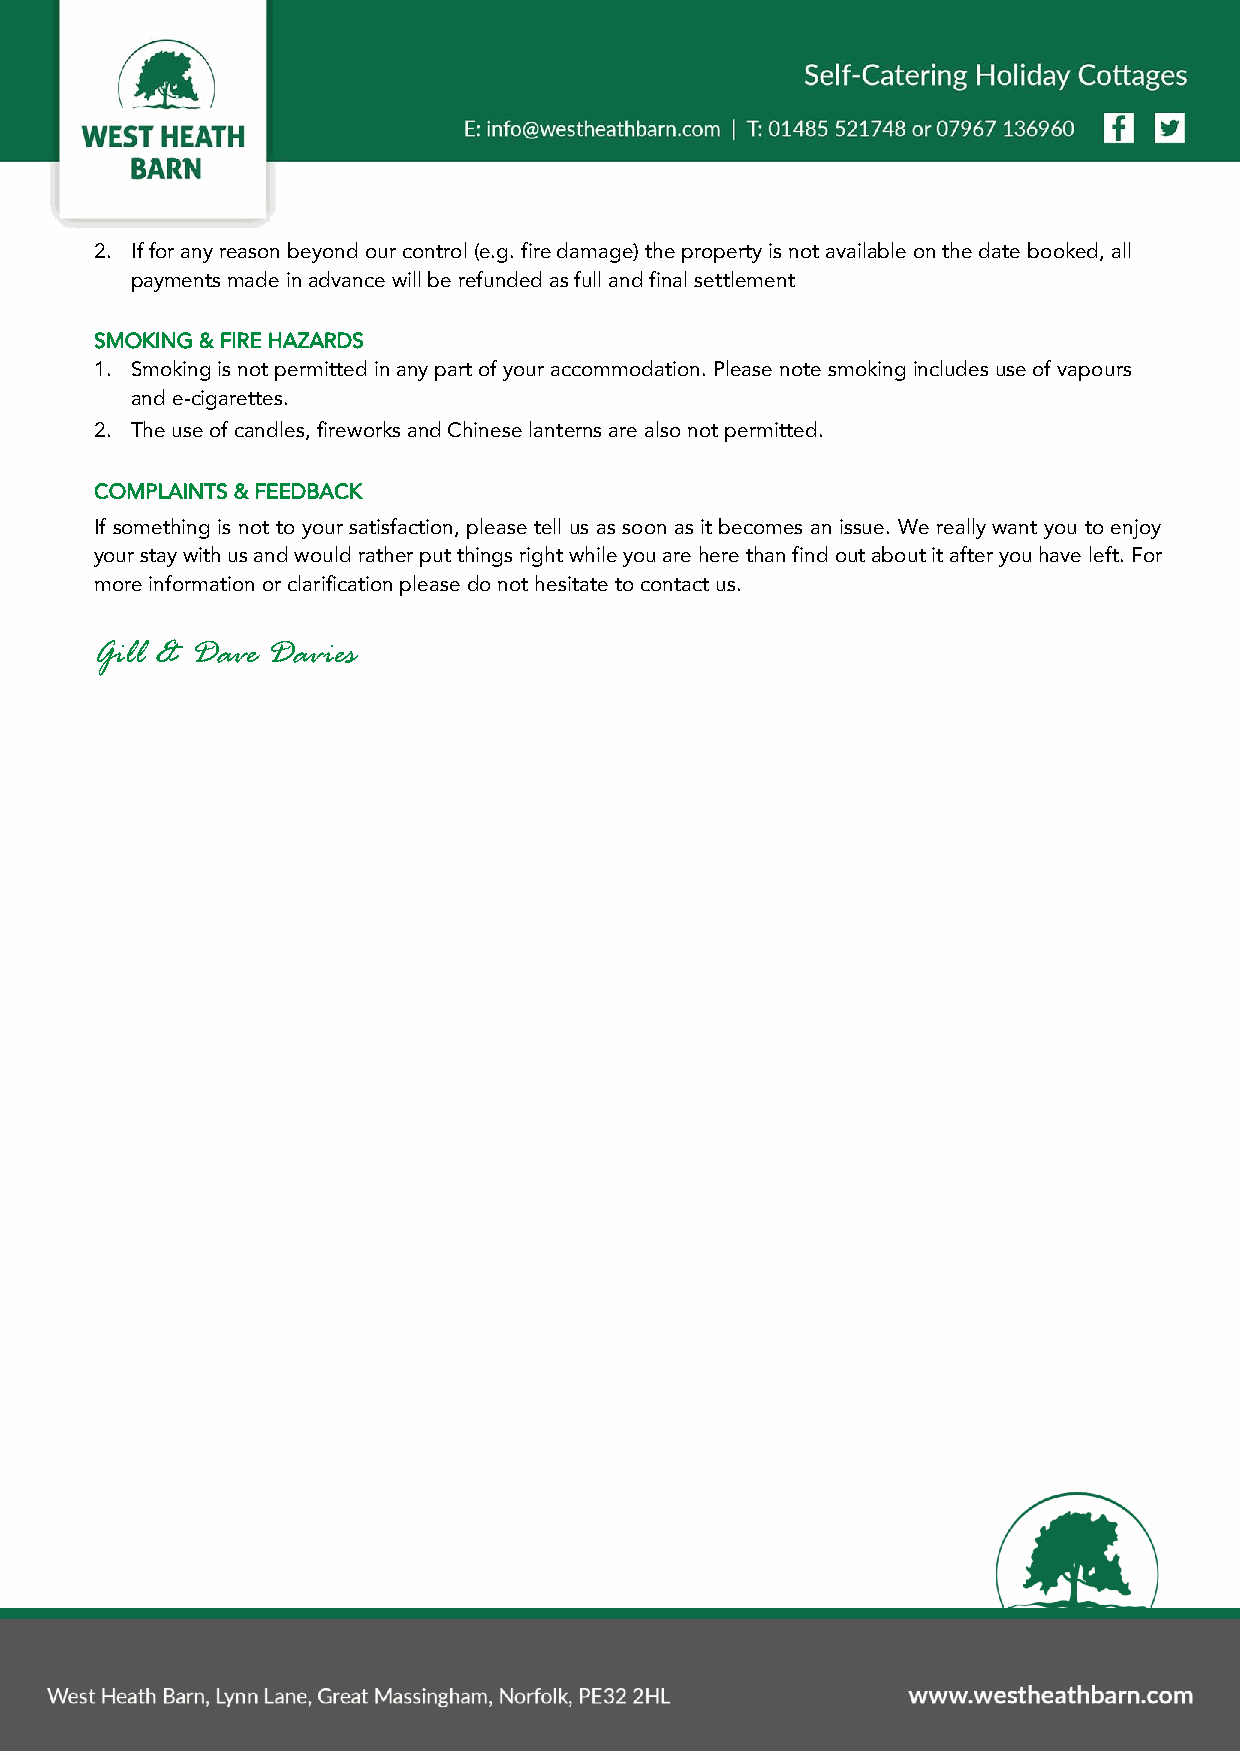
2. If for any reason beyond our control (e.g. fire damage) the property is not available on the date booked, all
 payments made in advance will be refunded as full and final settlement
 SMOKING & FIRE HAZARDS
 1. Smoking is not permitted in any part of your accommodation. Please note smoking includes use of vapours
 and e-cigarettes.
 2. The use of candles, fireworks and Chinese lanterns are also not permitted.
 COMPLAINTS & FEEDBACK
 If something is not to your satisfaction, please tell us as soon as it becomes an issue. We really want you to enjoy
 your stay with us and would rather put things right while you are here than find out about it after you have left. For
 more information or clarification please do not hesitate to contact us.
 Gill & Dave Davies